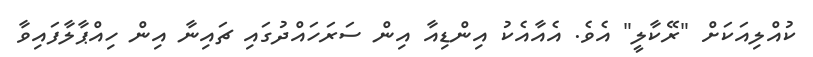
ކުއްލިއަކަށް "ރޭކާލީ" އެވެ. އެއާއެކު އިންޑިއާ އިން ސަރަހައްދުގައި ޗައިނާ އިން ހިއްޕާލާފައިވާ